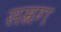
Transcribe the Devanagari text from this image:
सम्रग